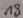
Text: 18